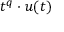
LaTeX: t ^ { q } \cdot u ( t )